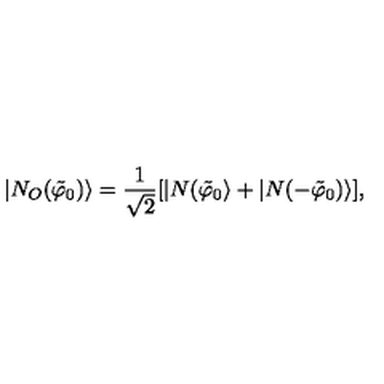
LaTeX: | N _ { O } ( \tilde { \varphi } _ { 0 } ) \rangle = \frac { 1 } { \sqrt { 2 } } [ | N ( \tilde { \varphi } _ { 0 } \rangle + | N ( - \tilde { \varphi } _ { 0 } ) \rangle ] ,